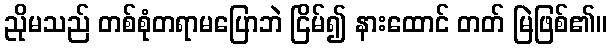
ညိုမသည် တစ်စုံတရာမပြောဘဲ ငြိမ်၍ နားထောင် တတ် မြဲဖြစ်၏။